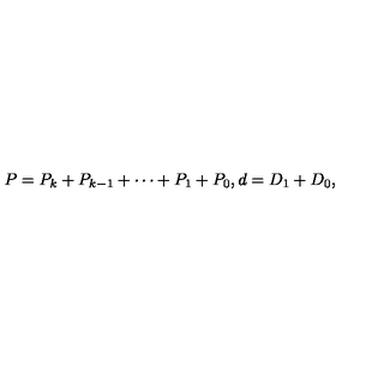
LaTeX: P = P _ { k } + P _ { k - 1 } + \cdots + P _ { 1 } + P _ { 0 } , d = D _ { 1 } + D _ { 0 } ,